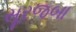
સૂરજબા